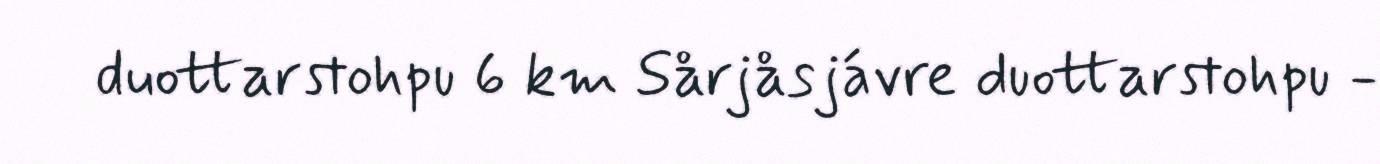
duottarstohpu 6 km Sårjåsjávre duottarstohpu -